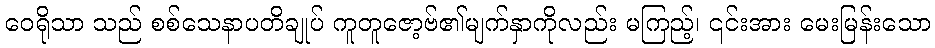
ဝေရိုသာ သည် စစ်သေနာပတိချုပ် ကူတူဇော့ဗ်၏မျက်နှာကိုလည်း မကြည့်၊ ၎င်းအား မေးမြန်းသော